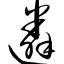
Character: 遴